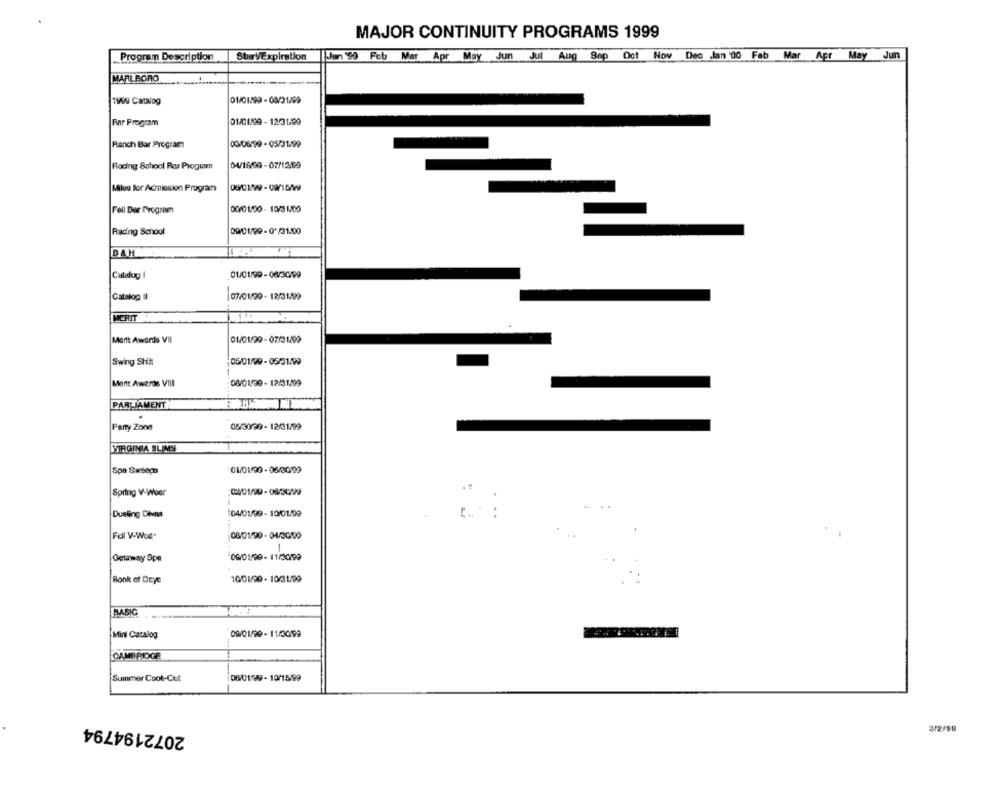
MAJOR CONTINUITY PROGRAMS 1999
Nov
Dec Jan '00 Fab Mar Apr
May
Jun
Program Description
Stur VExpiration
Jan '99 Feb Mar Apr May Jun Jul Aug Sep Oct
MARLBORO
1WWW Catalog
01/01/99- 08/31/99
Par Program
01/06/99 - 12/3 1.09
KV08/99- 05/31/99
Ranch Bar Program
Racing School Por Program
04/19/99 - 07/1219
Milos for Admission Program
Fell Ber Program
00/01/00- 10/31/00
Racing School
BAH
Catalog I
01/01/99- 08/30/99
Catalog Il
07/01/20 - 12/31/99
Marit Awards VII
01/01/29 - 07/31490
Swing Shit
Merit Awards VIII
04/01/30- 12/31/99
PARLIAMENT
-
Party Zone
05/30/30 - 12/31/99
VIRGINIA SLIMS
Spa Sarseps
01/01/30 - 06/30109
@401/90-08/3099
Spring V-Wear
Dueling Divna
04/01/99- 10/01/99
Foll V-Woe.
08/01/90 - 04/3000
Getaway Spe
06/01/20- 11/30/99
Bonk of Drye
1001/00 -10/31/09
BASIC
Mint Catalog
09/01/90- 11/30/99
CAMBRIDGE
Summer Cook-Cut
060199 - 10/15/99
2072194794
3/2/98